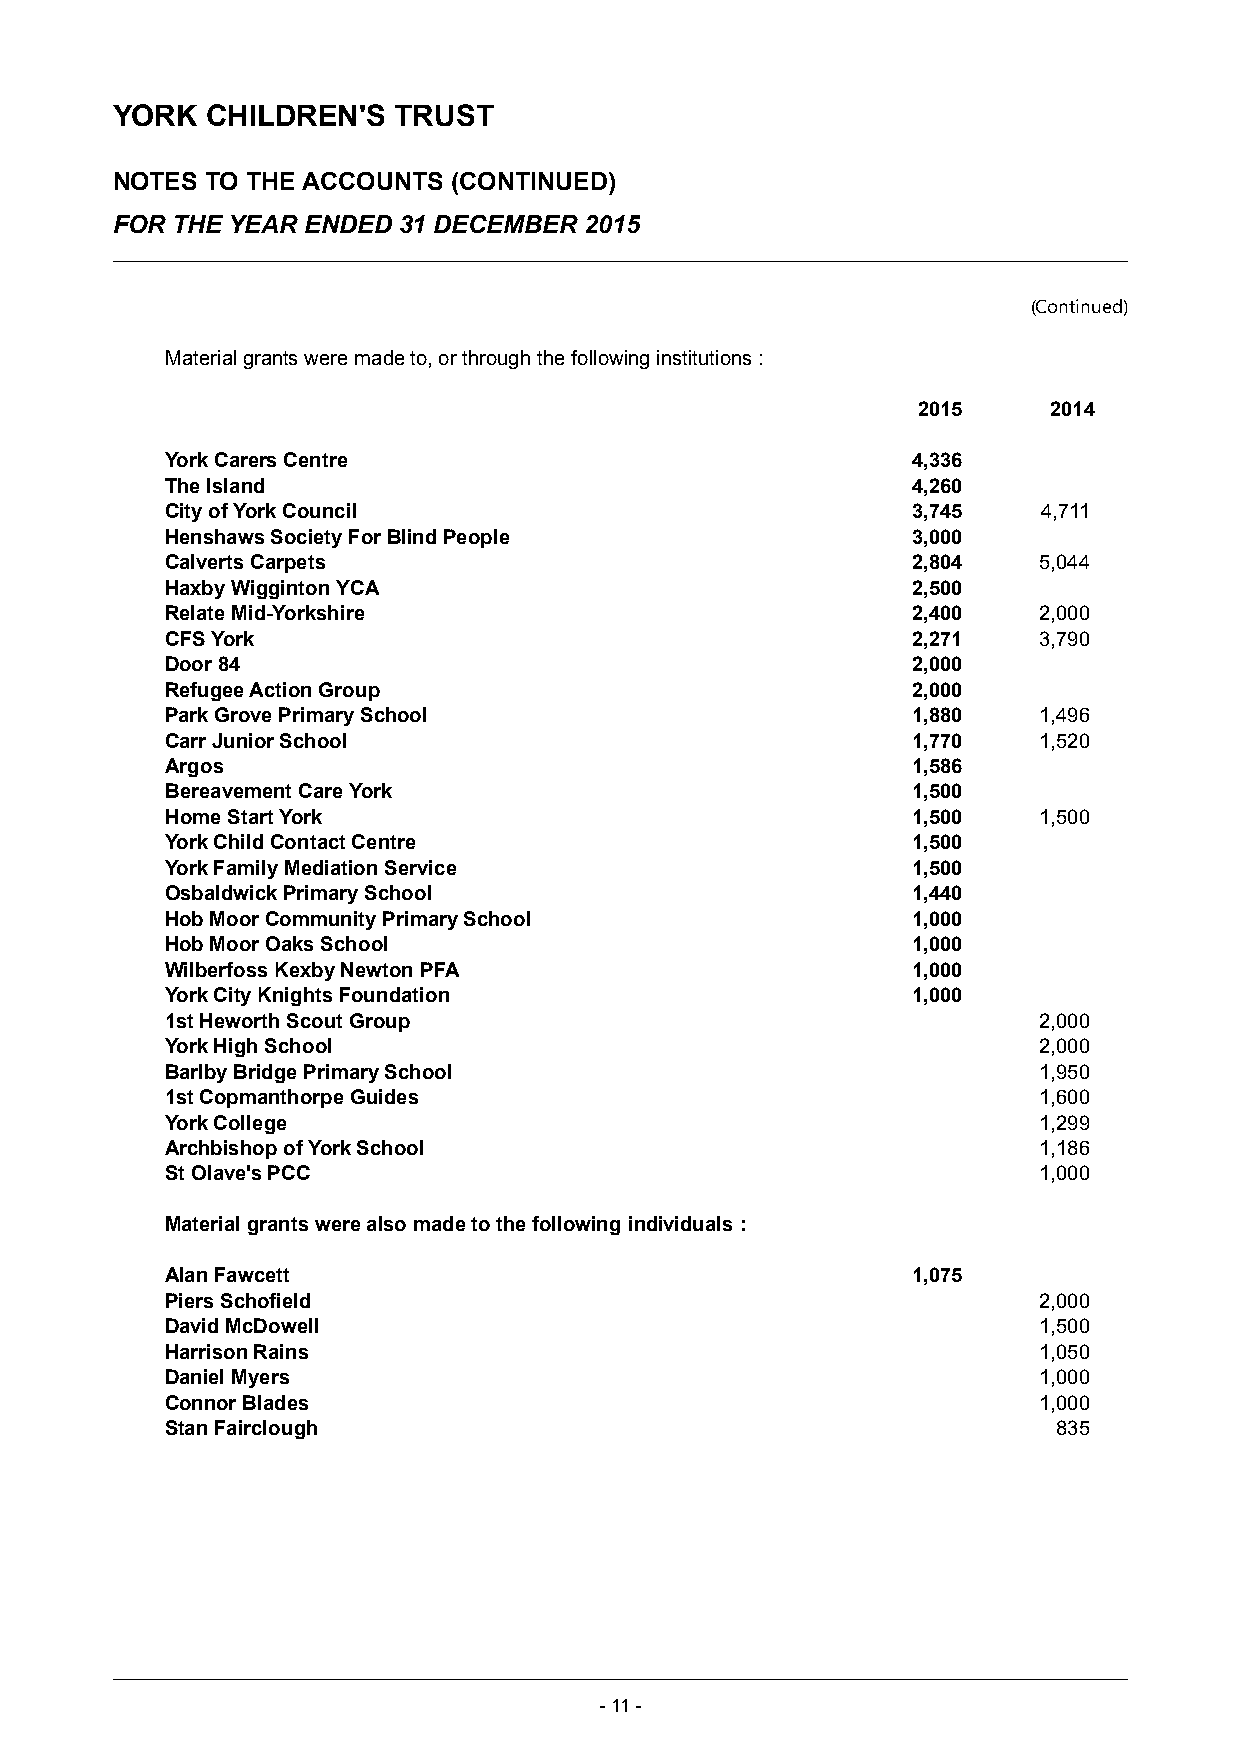
YORK   CHILDREN'S  TRUST
 NOTES  TO THE ACCOUNTS (CONTINUED)
 FOR THE YEAR ENDED 31 DECEMBER  2015
 (Continued)
 Material grants were made to, or through the following institutions :
 2015     2014
 York Carers Centre                               4,336
 The Island                                       4,260
 City of York Council                             3,745    4,711
 Henshaws Society For Blind People                3,000
 Calverts Carpets                                 2,804    5,044
 Haxby Wigginton YCA                              2,500
 Relate Mid-Yorkshire                             2,400    2,000
 CFS York                                         2,271    3,790
 Door 84                                          2,000
 Refugee Action Group                             2,000
 Park Grove Primary School                        1,880    1,496
 Carr Junior School                               1,770    1,520
 Argos                                            1,586
 Bereavement Care York                            1,500
 Home Start York                                  1,500    1,500
 York Child Contact Centre                        1,500
 York Family Mediation Service                    1,500
 Osbaldwick Primary School                        1,440
 Hob Moor Community Primary School                1,000
 Hob Moor Oaks School                             1,000
 Wilberfoss Kexby Newton PFA                      1,000
 York City Knights Foundation                     1,000
 1st Heworth Scout Group                                   2,000
 York High School                                          2,000
 Barlby Bridge Primary School                              1,950
 1st Copmanthorpe Guides                                   1,600
 York College                                              1,299
 Archbishop of York School                                 1,186
 St Olave's PCC                                            1,000
 Material grants were also made to the following individuals :
 Alan Fawcett                                     1,075
 Piers Schofield                                           2,000
 David McDowell                                            1,500
 Harrison Rains                                            1,050
 Daniel Myers                                              1,000
 Connor Blades                                             1,000
 Stan Fairclough                                            835
 -11 -